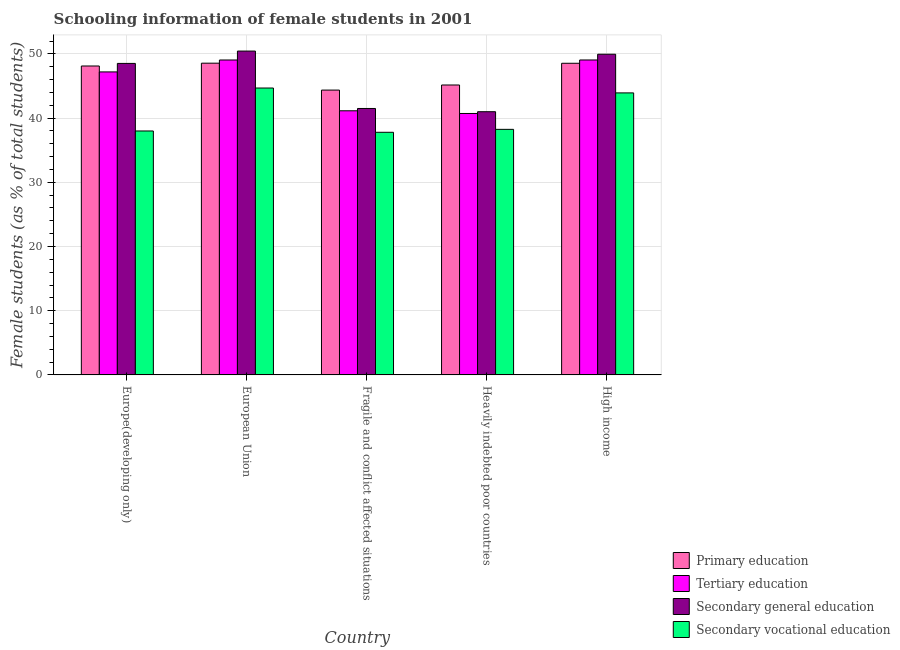
| Country | Primary education | Tertiary education | Secondary general education | Secondary vocational education |
 | --- | --- | --- | --- | --- |
 | Europe(developing only) | 48.1 | 47.2 | 48.5 | 38 |
 | European Union | 48.5 | 49 | 50.4 | 44.7 |
 | Fragile and conflict affected situations | 44.4 | 41.1 | 41.5 | 37.8 |
 | Heavily indebted poor countries | 45.1 | 40.7 | 41 | 38.2 |
 | High income | 48.5 | 49 | 49.9 | 43.9 |